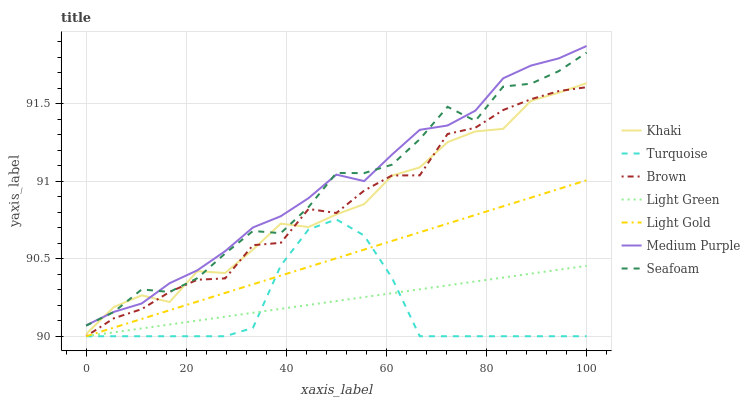
| xaxis_label | Khaki | Turquoise | Brown | Light Green | Light Gold | Medium Purple | Seafoam |
 | --- | --- | --- | --- | --- | --- | --- | --- |
 | 0 | 90 | 90 | 90 | 90 | 90 | 90.1 | 90.1 |
 | 5.56 | 90.2 | 90 | 90.1 | 90 | 90.1 | 90.2 | 90.2 |
 | 11.1 | 90.3 | 90 | 90.2 | 90.1 | 90.1 | 90.2 | 90.3 |
 | 16.7 | 90.2 | 90 | 90.3 | 90.1 | 90.2 | 90.3 | 90.3 |
 | 22.2 | 90.4 | 90 | 90.4 | 90.1 | 90.2 | 90.4 | 90.4 |
 | 27.8 | 90.4 | 90 | 90.4 | 90.1 | 90.3 | 90.5 | 90.5 |
 | 33.3 | 90.6 | 90.1 | 90.6 | 90.2 | 90.3 | 90.7 | 90.7 |
 | 38.9 | 90.7 | 90.5 | 90.6 | 90.2 | 90.4 | 90.8 | 90.7 |
 | 44.4 | 90.7 | 90.7 | 90.8 | 90.2 | 90.4 | 90.9 | 90.8 |
 | 50 | 90.8 | 90.8 | 90.8 | 90.2 | 90.5 | 91 | 91.1 |
 | 55.6 | 90.9 | 90.6 | 90.9 | 90.3 | 90.6 | 91 | 91.1 |
 | 61.1 | 91 | 90.4 | 91 | 90.3 | 90.6 | 91.2 | 91.1 |
 | 66.7 | 91.1 | 90 | 91 | 90.3 | 90.7 | 91.3 | 91.3 |
 | 72.2 | 91.3 | 90 | 91.3 | 90.3 | 90.7 | 91.4 | 91.5 |
 | 77.8 | 91.3 | 90 | 91.3 | 90.4 | 90.8 | 91.5 | 91.4 |
 | 83.3 | 91.3 | 90 | 91.5 | 90.4 | 90.8 | 91.7 | 91.6 |
 | 88.9 | 91.5 | 90 | 91.5 | 90.4 | 90.9 | 91.7 | 91.6 |
 | 94.4 | 91.6 | 90 | 91.6 | 90.4 | 91 | 91.8 | 91.7 |
 | 100 | 91.6 | 90 | 91.6 | 90.5 | 91 | 91.9 | 91.8 |